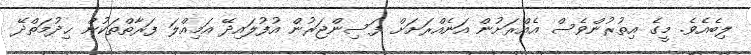
ލިބެއެވެ. މީގެ އިތުރުންވެސް އެއްރަށުން އަނެއްރަށަށް ފަސިންޖަރުން އުފުލައިދޭ އަމިއްލަ ފަރާތްތަކުން ޙިދުމަތްދޭ